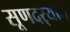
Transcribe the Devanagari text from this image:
सूणदर्‍याने